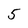
Character: 5